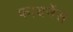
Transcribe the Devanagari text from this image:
फायनेंस